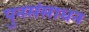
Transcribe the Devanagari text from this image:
पुनसंसाधन